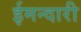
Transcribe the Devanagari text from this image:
ईमन्दारी